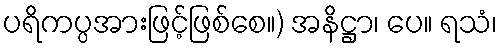
ပရိကပ္ပအားဖြင့်ဖြစ်စေ။) အနိဋ္ဌာ၊ ပေ။ ရသံ၊